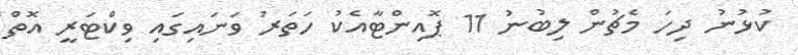
ކުޅުނު ދިހަ މެޗުން ލިބުނު 11 ޕޮއިންޓާއެކު ހަތަރު ވަނައިގައި ވިކްޓަރީ އޮތް